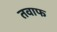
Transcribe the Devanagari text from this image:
तवाफ